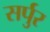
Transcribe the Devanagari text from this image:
सर्पुर